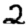
Digit: 2